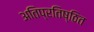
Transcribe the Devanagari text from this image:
अतिप्रतिष्ठित